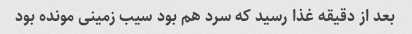
بعد از دقیقه غذا رسید که سرد هم بود سیب زمینی مونده بود